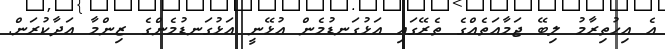
އެ އިހުތިރާމު ލިބޭ ޖަމާއަތެއްގެ ތެރޭގައި އަޅުގަނޑުމެން އުޅޭނީ އަޅުގަނޑުމެންގެ ޒިންމާ އަދާކުރަން.